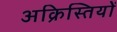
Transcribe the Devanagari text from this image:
अक्रिस्तियों